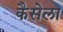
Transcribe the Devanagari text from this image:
कैसेला